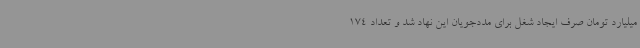
میلیارد تومان صرف ایجاد شغل برای مددجویان این نهاد شد و تعداد 174